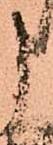
申